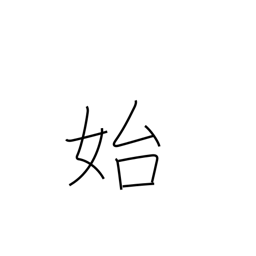
Meaning: begin